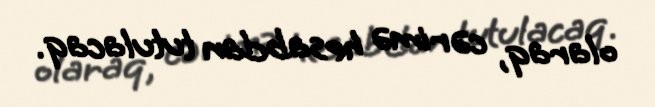
olaraq, cərimə hesabdan tutulacaq.